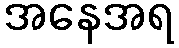
အနေအရ